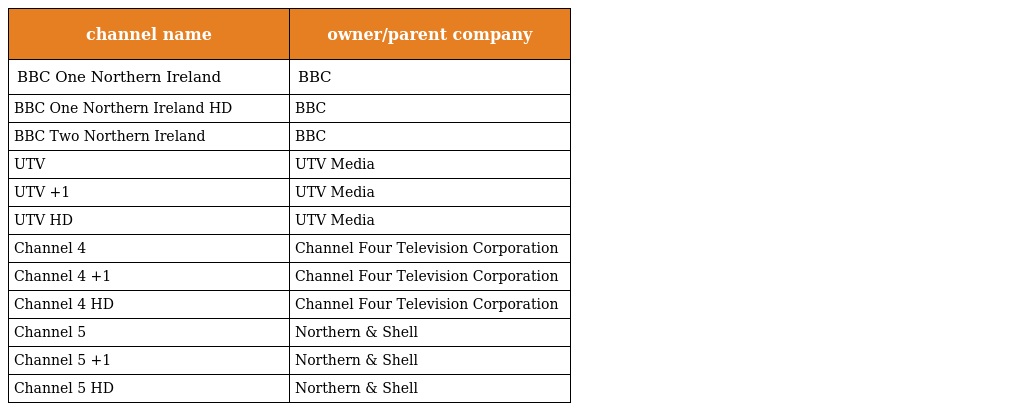
| channel name | owner/parent company |
 | --- | --- |
 | BBC One Northern Ireland | BBC |
 | BBC One Northern Ireland HD | BBC |
 | BBC Two Northern Ireland | BBC |
 | UTV | UTV Media |
 | UTV +1 | UTV Media |
 | UTV HD | UTV Media |
 | Channel 4 | Channel Four Television Corporation |
 | Channel 4 +1 | Channel Four Television Corporation |
 | Channel 4 HD | Channel Four Television Corporation |
 | Channel 5 | Northern & Shell |
 | Channel 5 +1 | Northern & Shell |
 | Channel 5 HD | Northern & Shell |